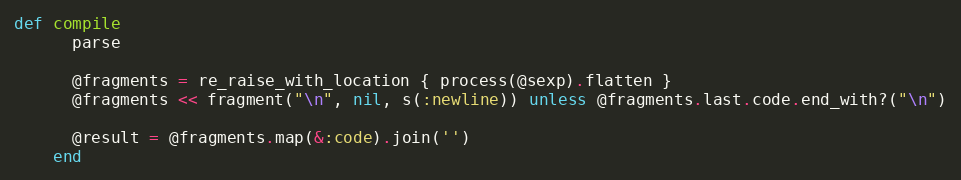
Language: Ruby
def compile
      parse

      @fragments = re_raise_with_location { process(@sexp).flatten }
      @fragments << fragment("\n", nil, s(:newline)) unless @fragments.last.code.end_with?("\n")

      @result = @fragments.map(&:code).join('')
    end